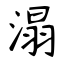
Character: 溻